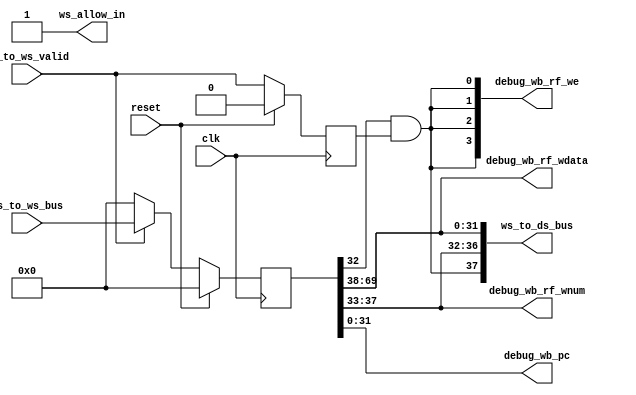
`define WIDTH_BR_BUS       34
`define WIDTH_FS_TO_DS_BUS 64
`define WIDTH_DS_TO_ES_BUS 150
`define WIDTH_ES_TO_MS_BUS 71
`define WIDTH_MS_TO_WS_BUS 70
`define WIDTH_WS_TO_DS_BUS 38
`define WIDTH_ES_TO_DS_BUS 39
`define WIDTH_MS_TO_DS_BUS 38

module stage5_WB(
    input clk,
    input reset,

    //no allow in
    output ws_allow_in,

    input ms_to_ws_valid,
    //no to valid

    input [`WIDTH_MS_TO_WS_BUS-1:0] ms_to_ws_bus,
    output [`WIDTH_WS_TO_DS_BUS-1:0] ws_to_ds_bus,

    output [31:0] debug_wb_pc     ,
    output [ 3:0] debug_wb_rf_we ,
    output [ 4:0] debug_wb_rf_wnum,
    output [31:0] debug_wb_rf_wdata
);

/*-----------------------ms_to_ws_bus----------------*/
/*
assign ms_to_ws_bus[31:0]  = ms_pc;
assign ms_to_ws_bus[32:32] = ms_gr_we;
assign ms_to_ws_bus[37:33] = ms_dest;
assign ms_to_ws_bus[69:38] = ms_final_result;
*/

wire [31:0] ws_pc;
wire ws_gr_we;
wire [4:0] ws_dest;
wire [31:0] ws_final_result;

reg [`WIDTH_MS_TO_WS_BUS-1:0] ms_to_ws_bus_reg;
always @(posedge clk)
    begin
        if(reset)
            ms_to_ws_bus_reg <= 0;
        else if(ms_to_ws_valid && ws_allow_in)
            ms_to_ws_bus_reg <= ms_to_ws_bus;
        else
            ms_to_ws_bus_reg <= 0;
    end 

assign {ws_final_result, ws_dest,
        ws_gr_we, ws_pc} = ms_to_ws_bus_reg;

/*-------------------------------------------------------*/

/*----------------------?s_to_ds_bus-----------------*/

reg ws_valid;    //valid????

wire ws_we;
assign ws_we = ws_gr_we && ws_valid;
wire [4:0] ws_waddr;
assign ws_waddr = ws_dest;
wire [31:0] ws_wdata;
assign ws_wdata = ws_final_result;

assign ws_to_ds_bus[31:0] = ws_wdata;
assign ws_to_ds_bus[36:32] = ws_waddr;
assign ws_to_ds_bus[37:37] = ws_we;

/*-------------------------------------------------------*/

/*--------------------------valid------------------------*/
//reg ws_valid;    //valid????
wire ws_ready_go;
assign ws_ready_go = 1'b1;
assign ws_allow_in = !ws_valid || ws_ready_go;

always @(posedge clk)
    begin
        if(reset)
            ws_valid <= 1'b0;
        else if(ws_allow_in)
            ws_valid <= ms_to_ws_valid;
    end

/*-------------------------------------------------------*/

/*--------------------------debug reference--------------*/
assign debug_wb_pc       = ws_pc;
assign debug_wb_rf_we   = {4{ws_we}};
assign debug_wb_rf_wnum  = ws_dest;
assign debug_wb_rf_wdata = ws_final_result;
/*-------------------------------------------------------*/

endmodule